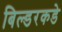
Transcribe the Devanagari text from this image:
बिल्डरकडे